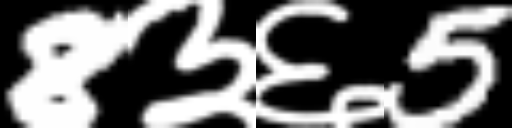
Text: 8३६5